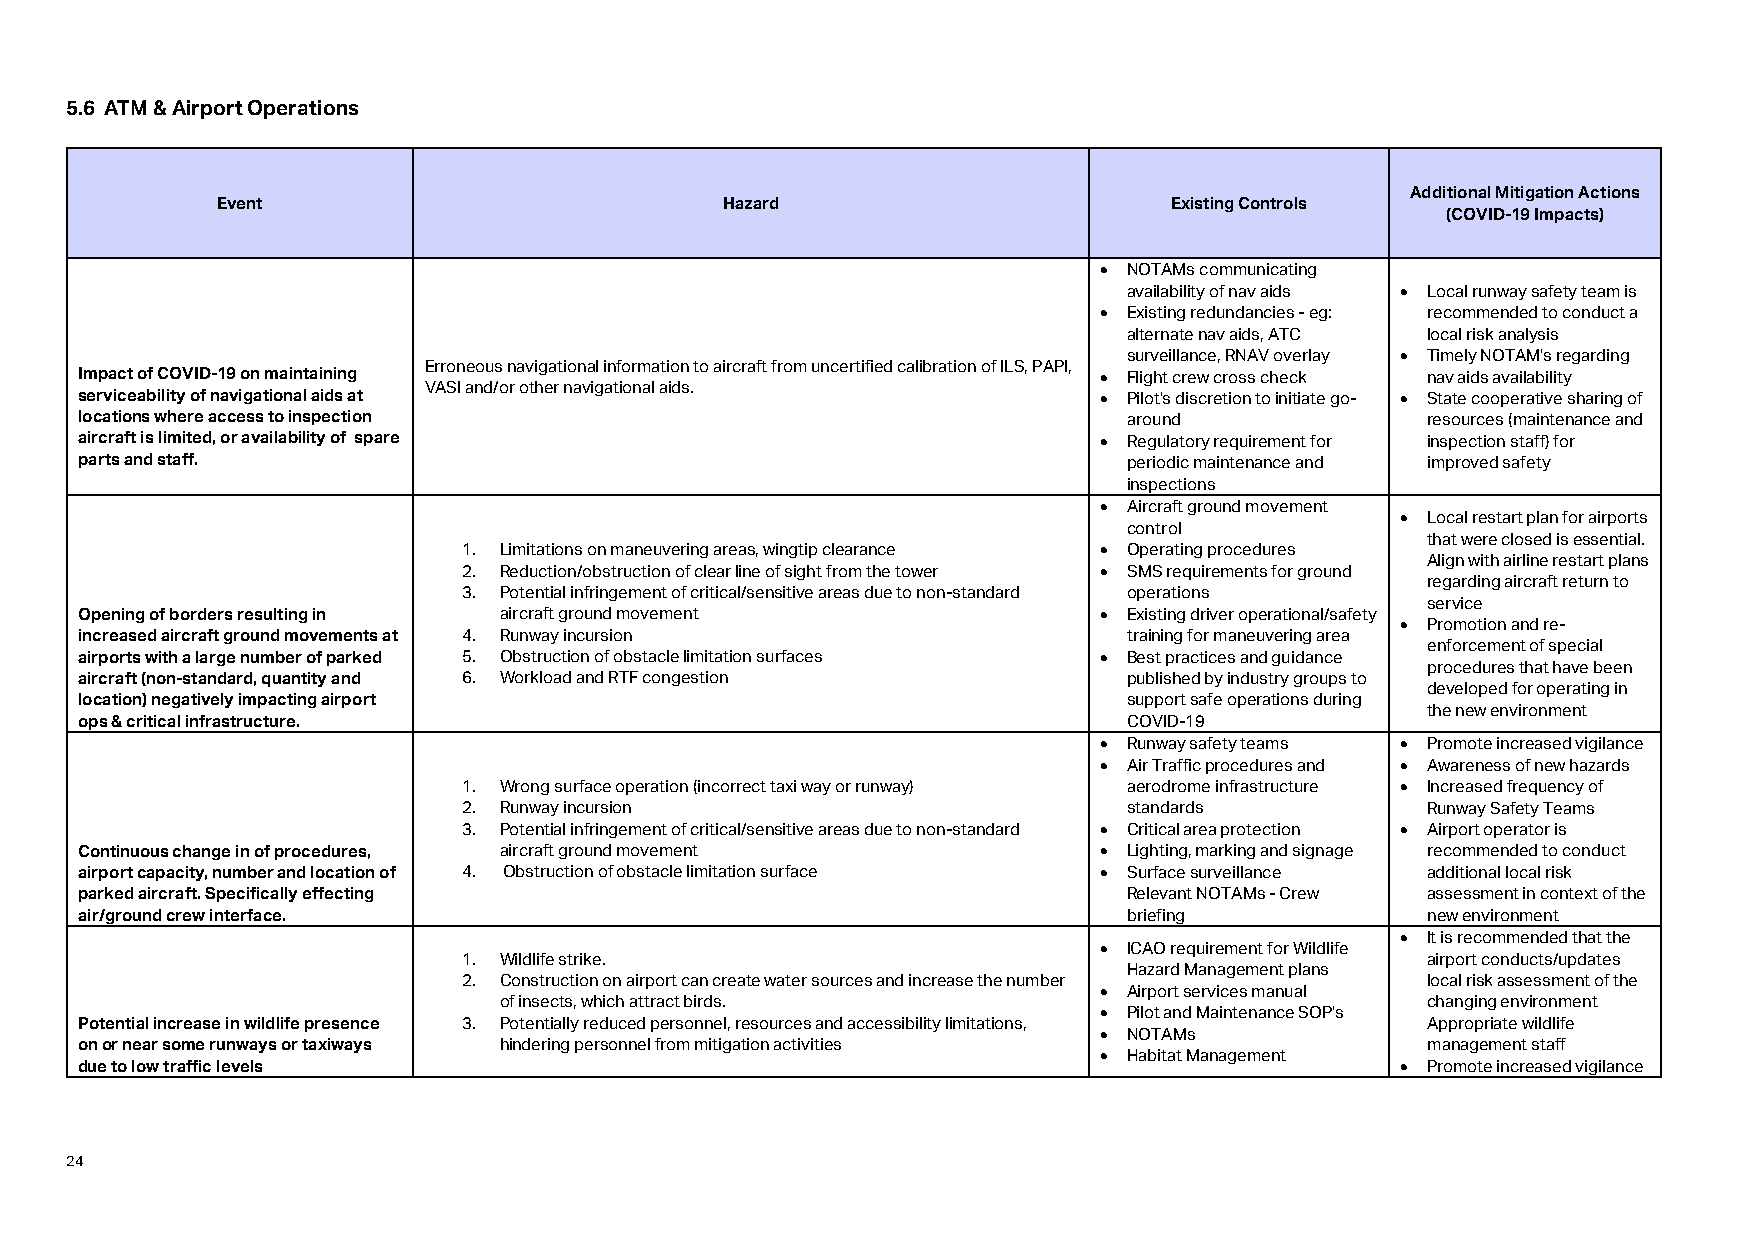
5.6 ATM & Airport Operations
 Additional Mitigation Actions
 Event                             Hazard                       Existing Controls
 (COVID-19 Impacts)
 • NOTAMs communicating
 availability of nav aids • Local runway safety team is
 • Existing redundancies - eg: recommended to conduct a
 alternate nav aids, ATC local risk analysis
 surveillance, RNAV overlay • Timely NOTAM's regarding
 Erroneous navigational information to aircraft from uncertified calibration of ILS, PAPI,
 Impact of COVID-19 on maintaining                                   • Flight crew cross check nav aids availability
 VASI and/or other navigational aids.
 serviceability of navigational aids at                              • Pilot's discretion to initiate go- • State cooperative sharing of
 locations where access to inspection                                  around             resources (maintenance and
 aircraft is limited, or availability of spare                       • Regulatory requirement for inspection staff) for
 parts and staff.                                                      periodic maintenance and improved safety
 inspections
 • Aircraft ground movement
 • Local restart plan for airports
 control
 that were closed is essential.
 1. Limitations on maneuvering areas, wingtip clearance • Operating procedures
 Align with airline restart plans
 2. Reduction/obstruction of clear line of sight from the tower • SMS requirements for ground
 regarding aircraft return to
 3. Potential infringement of critical/sensitive areas due to non-standard operations
 service
 Opening of borders resulting in aircraft ground movement            • Existing driver operational/safety
 • Promotion and re-
 increased aircraft ground movements at 4. Runway incursion            training for maneuvering area
 enforcement of special
 airports with a large number of parked 5. Obstruction of obstacle limitation surfaces • Best practices and guidance
 procedures that have been
 aircraft (non-standard, quantity and 6. Workload and RTF congestion   published by industry groups to
 developed for operating in
 location) negatively impacting airport                                support safe operations during
 the new environment
 ops & critical infrastructure.                                        COVID-19
 • Runway safety teams • Promote increased vigilance
 • Air Traffic procedures and • Awareness of new hazards
 1. Wrong surface operation (incorrect taxi way or runway) aerodrome infrastructure • Increased frequency of
 2. Runway incursion                         standards          Runway Safety Teams
 3. Potential infringement of critical/sensitive areas due to non-standard • Critical area protection • Airport operator is
 Continuous change in of procedures, aircraft ground movement        • Lighting, marking and signage recommended to conduct
 airport capacity, number and location of 4. Obstruction of obstacle limitation surface • Surface surveillance additional local risk
 parked aircraft. Specifically effecting                               Relevant NOTAMs - Crew assessment in context of the
 air/ground crew interface.                                            briefing           new environment
 • It is recommended that the
 • ICAO requirement for Wildlife
 1. Wildlife strike.                                            airport conducts/updates
 Hazard Management plans
 2. Construction on airport can create water sources and increase the number local risk assessment of the
 • Airport services manual
 of insects, which attract birds.                             changing environment
 • Pilot and Maintenance SOP's
 Potential increase in wildlife presence 3. Potentially reduced personnel, resources and accessibility limitations, Appropriate wildlife
 • NOTAMs
 on or near some runways or taxiways hindering personnel from mitigation activities       management staff
 • Habitat Management
 due to low traffic levels                                                               • Promote increased vigilance
 24